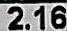
2.16